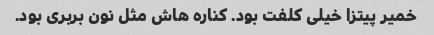
خمیر پیتزا خیلی کلفت بود. کناره هاش مثل نون بربری بود.